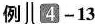
例 4-13